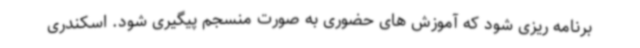
برنامه ریزی شود که آموزش های حضوری به صورت منسجم پیگیری شود. اسکندری